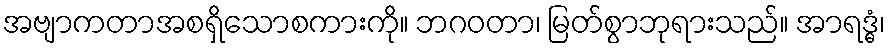
အဗျာကတာအစရှိသောစကားကို။ ဘဂဝတာ၊ မြတ်စွာဘုရားသည်။ အာရဒ္ဓံ၊